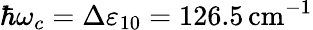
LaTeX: \hbar\omega_{c}=\Delta\varepsilon_{10}=126.5\, \mathrm{cm}^{-1}